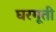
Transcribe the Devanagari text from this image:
घरगूती